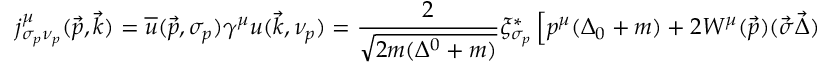
j _ { \sigma _ { p } \nu _ { p } } ^ { \mu } ( \vec { p } , \vec { k } ) = \overline { { { u } } } ( \vec { p } , \sigma _ { p } ) \gamma ^ { \mu } u ( \vec { k } , \nu _ { p } ) = \frac { 2 } { \sqrt { 2 m ( \Delta ^ { 0 } + m ) } } \xi _ { \sigma _ { p } } ^ { * } \left[ p ^ { \mu } ( \Delta _ { 0 } + m ) + 2 W ^ { \mu } ( \vec { p } ) ( \vec { \sigma } \vec { \Delta } ) \right] \xi _ { \nu _ { p } } ,